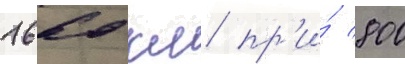
1660 км пр'и́ 800